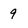
Character: 9